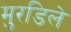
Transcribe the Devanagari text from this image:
मुरडिले